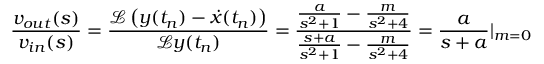
\frac { v _ { o u t } ( s ) } { v _ { i n } ( s ) } = \frac { \mathcal { L } \left( y ( t _ { n } ) - \dot { x } ( t _ { n } ) \right) } { \mathcal { L } y ( t _ { n } ) } = \frac { \frac { a } { s ^ { 2 } + 1 } - \frac { m } { s ^ { 2 } + 4 } } { \frac { s + a } { s ^ { 2 } + 1 } - \frac { m } { s ^ { 2 } + 4 } } = \frac { a } { s + a } | _ { m = 0 }